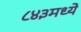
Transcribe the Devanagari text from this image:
८४३मध्ये